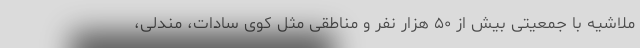
ملاشیه با جمعیتی بیش از ۵۰ هزار نفر و مناطقی مثل کوی سادات، مندلی،